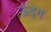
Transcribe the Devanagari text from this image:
ऊद्वेग